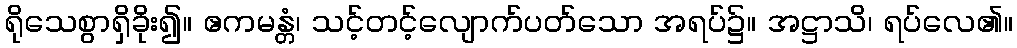
ရိုသေစွာရှိခိုး၍။ ဧကမန္တံ၊ သင့်တင့်လျောက်ပတ်သော အရပ်၌။ အဋ္ဌာသိ၊ ရပ်လေ၏။